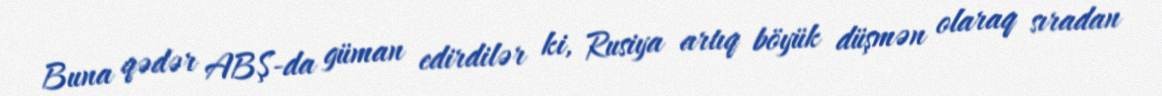
Buna qədər ABŞ-da güman edirdilər ki, Rusiya artıq böyük düşmən olaraq sıradan